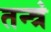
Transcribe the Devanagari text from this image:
तन्त्रं